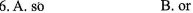
6. A. So B.or